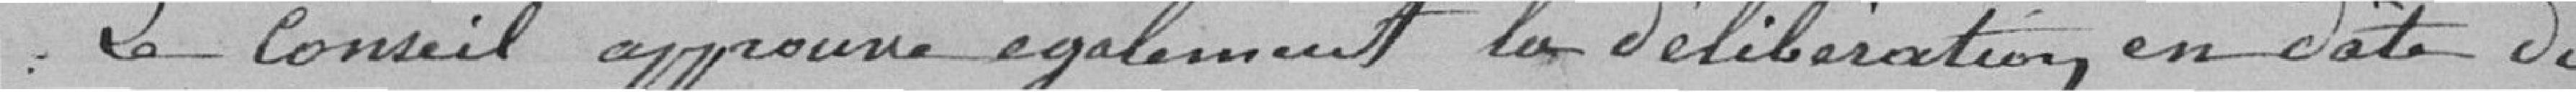
Le Conseil approuve également la délibération, en date du